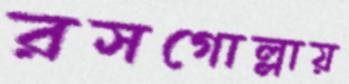
রসগোল্লায়